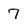
Character: 7